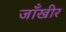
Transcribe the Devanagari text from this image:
जाँखीर